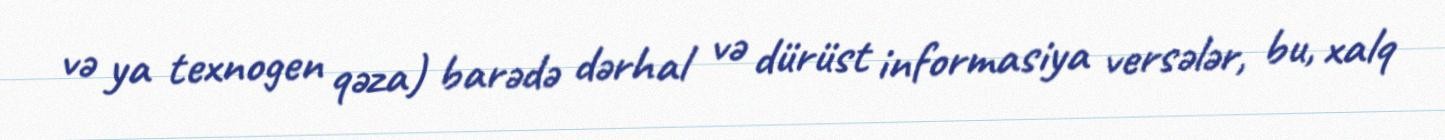
və ya texnogen qəza) barədə dərhal və dürüst informasiya versələr, bu, xalq